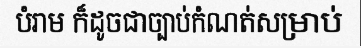
បំរាម ក៏ដូចជាច្បាប់កំណត់សម្រាប់